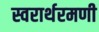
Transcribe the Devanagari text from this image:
स्वरार्थरमणी